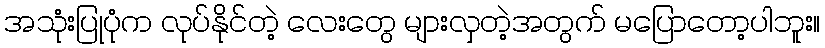
အသုံးပြုပုံက လုပ်နိုင်တဲ့ လေးတွေ များလှတဲ့အတွက် မပြောတော့ပါဘူး။